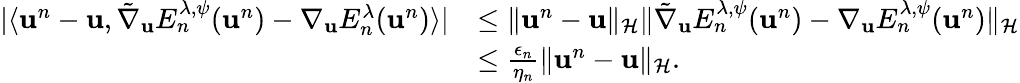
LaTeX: \begin{array}{rl}{|\langle{\mathbf u}^{n}-{\mathbf u},\tilde{\nabla}_{{\mathbf u}}E_{n}^{\lambda,\psi}({\mathbf u}^{n})-\nabla_{{\mathbf u}}E_{n}^{\lambda}({\mathbf u}^{n})\rangle|}&{\leq\| {\mathbf u}^{n}-{\mathbf u}\| _{\mathcal{H}}\| \tilde{\nabla}_{{\mathbf u}}E_{n}^{\lambda,\psi}({\mathbf u}^{n})-\nabla_{{\mathbf u}}E_{n}^{\lambda,\psi}({\mathbf u}^{n})\| _{\mathcal{H}}}\\ &{\leq\frac{\epsilon_{n}}{\eta_{n}}\| {\mathbf u}^{n}-{\mathbf u}\| _{\mathcal{H}}.}\end{array}